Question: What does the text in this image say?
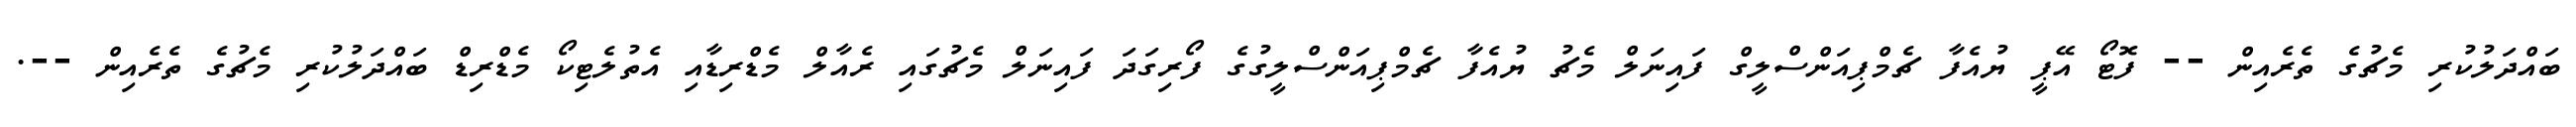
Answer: ބައްދަލުކުރި މެޗުގެ ތެރެއިން -- ފޮޓޯ އޭޕީ ޔުއެފާ ޗެމްޕިއަންސްލީގް ފައިނަލް މެޗު ޔުއެފާ ޗެމްޕިއަންސްލީގުގެ ފޯރިގަދަ ފައިނަލް މެޗުގައި ރެއާލް މެޑްރިޑާއި އެތުލެޓިކޯ މެޑްރިޑް ބައްދަލުކުރި މެޗުގެ ތެރެއިން --.